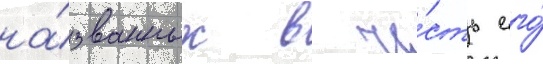
на́званных в че́сть его́